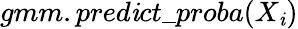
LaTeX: gmm.pred\mathit{i}ct\_ proba(X_{\mathit{i}})